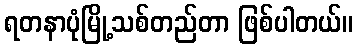
ရတနာပုံမြို့သစ်တည်တာ ဖြစ်ပါတယ်။